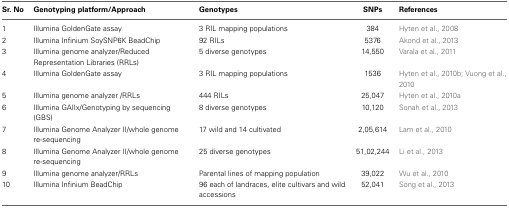
<table><thead><tr><td><b>Sr. No</b></td><td><b>Genotyping platform/Approach</b></td><td><b>Genotypes</b></td><td><b>SNPs</b></td><td><b>References</b></td></tr></thead><tbody><tr><td>1</td><td>Illumina GoldenGate assay</td><td>3 RIL mapping populations</td><td>384</td><td>Hyten et al., 2008</td></tr><tr><td>2</td><td>Illumina Infinium SoySNP6K BeadChip</td><td>92 RILs</td><td>5376</td><td>Akond et al., 2013</td></tr><tr><td>3</td><td>Illumina genome analyzer/Reduced Representation Libraries (RRLs)</td><td>5 diverse genotypes</td><td>14,550</td><td>Varala et al., 2011</td></tr><tr><td>4</td><td>Illumina GoldenGate assay</td><td>3 RIL mapping populations</td><td>1536</td><td>Hyten et al., 2010b; Vuong et al., 2010</td></tr><tr><td>5</td><td>Illumina genome analyzer /RRLs</td><td>444 RILs</td><td>25,047</td><td>Hyten et al., 2010a</td></tr><tr><td>6</td><td>Illumina GAIIx/Genotyping by sequencing (GBS)</td><td>8 diverse genotypes</td><td>10,120</td><td>Sonah et al., 2013</td></tr><tr><td>7</td><td>Illumina Genome Analyzer II/whole genome re-sequencing</td><td>17 wild and 14 cultivated</td><td>2,05,614</td><td>Lam et al., 2010</td></tr><tr><td>8</td><td>Illumina Genome Analyzer II/whole genome re-sequencing</td><td>25 diverse genotypes</td><td>51,02,244</td><td>Li et al., 2013</td></tr><tr><td>9</td><td>Illumina genome analyzer/RRLs</td><td>Parental lines of mapping population</td><td>39,022</td><td>Wu et al., 2010</td></tr><tr><td>10</td><td>Illumina Infinium BeadChip</td><td>96 each of landraces, elite cultivars and wild accessions</td><td>52,041</td><td>Song et al., 2013</td></tr></tbody></table>